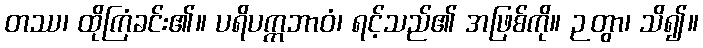
တဿ၊ ထိုကြံခင်း၏။ ပရိပက္ကဘာဝံ၊ ရင့်သည်၏ အဖြစ်ကို။ ဉတွာ၊ သိ၍။